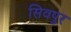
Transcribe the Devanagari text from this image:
सिवपुर